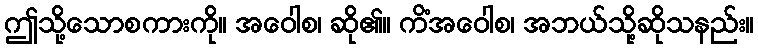
ဤသို့သောစကားကို။ အဝေါစ၊ ဆို၏။ ကိံအဝေါစ၊ အဘယ်သို့ဆိုသနည်း။